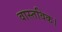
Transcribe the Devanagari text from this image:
वास्तविक।